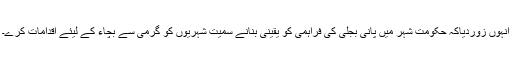
انہوں زوردیاکہ حکومت شہر میں پانی بجلی کی فراہمی کو یقینی بنانے سمیت شہریوں کو گرمی سے بچاء کے لیئے اقدامات کرے۔